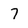
Character: 7